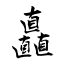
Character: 矗